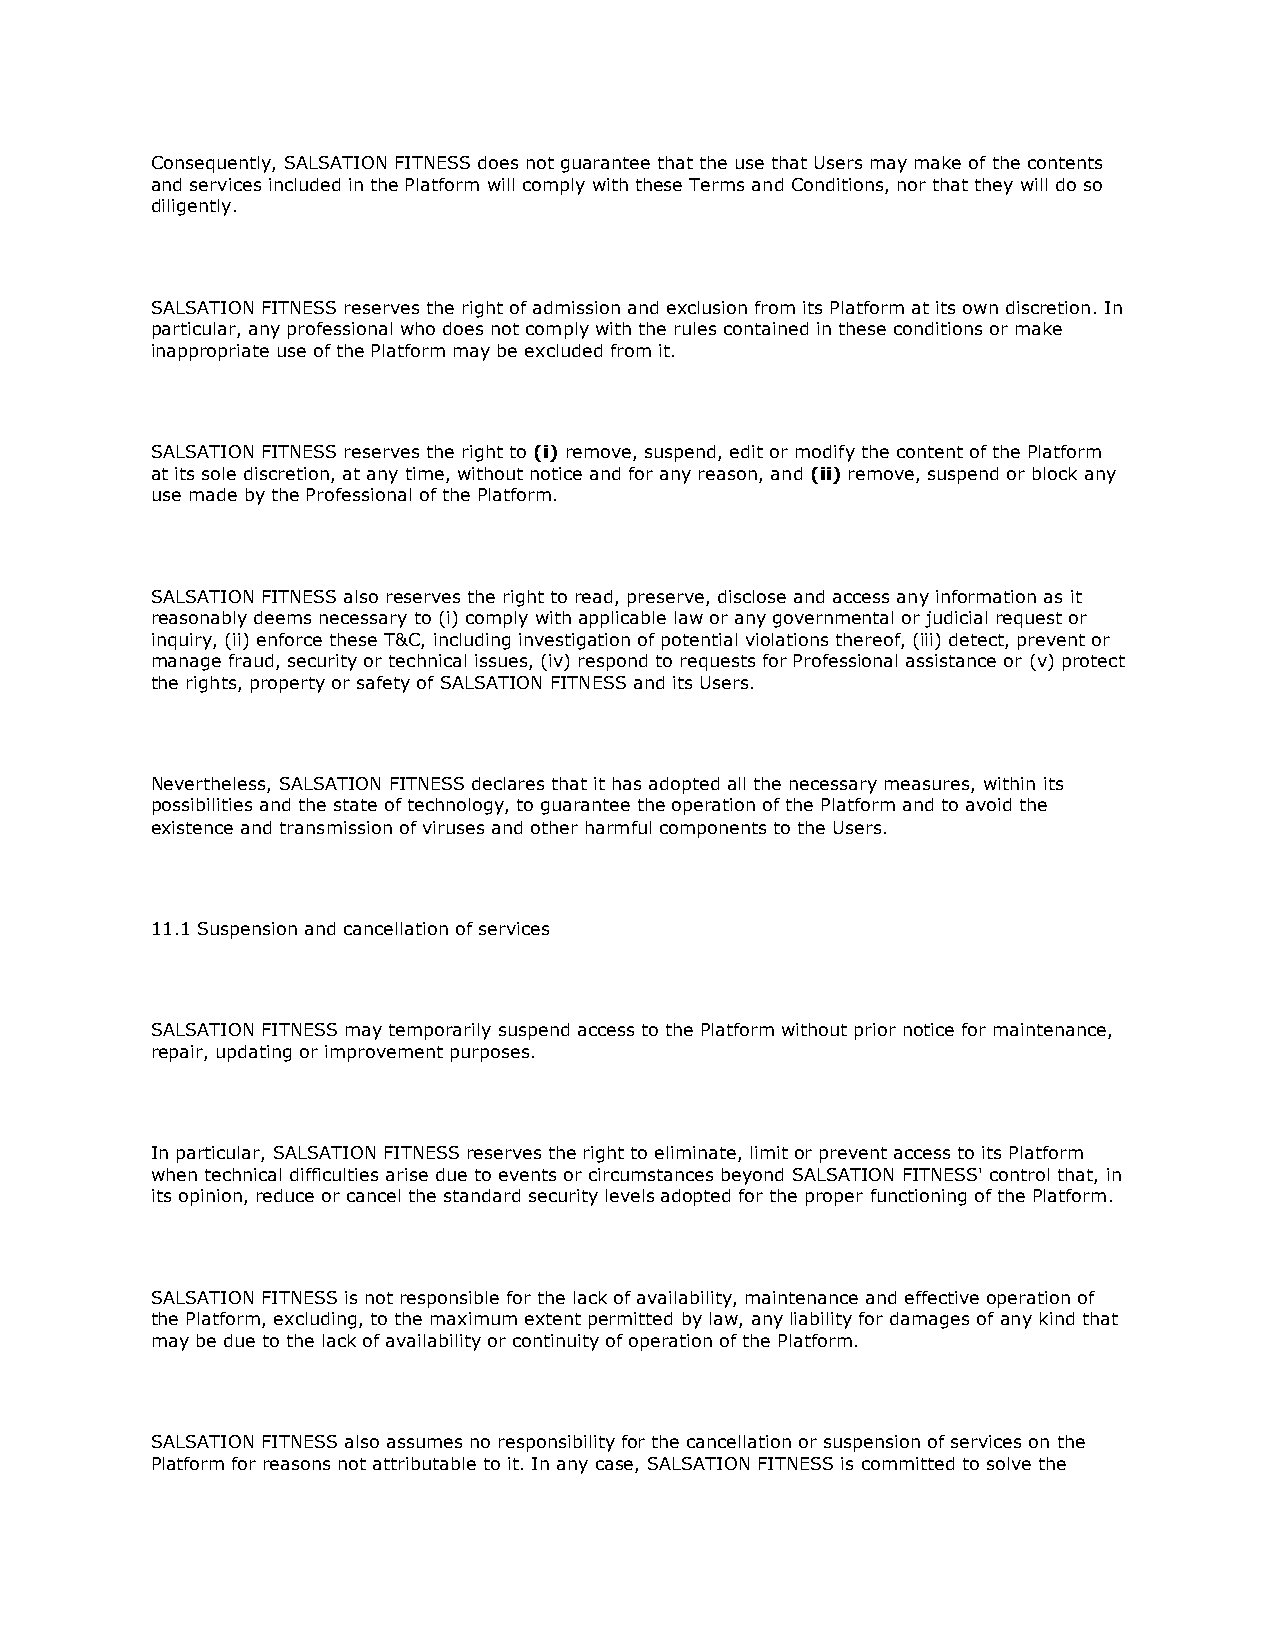
Consequently, SALSATION FITNESS does not guarantee that the use that Users may make of the contents
 and services included in the Platform will comply with these Terms and Conditions, nor that they will do so
 diligently.
 SALSATION FITNESS reserves the right of admission and exclusion from its Platform at its own discretion. In
 particular, any professional who does not comply with the rules contained in these conditions or make
 inappropriate use of the Platform may be excluded from it.
 SALSATION FITNESS reserves the right to (i) remove, suspend, edit or modify the content of the Platform
 at its sole discretion, at any time, without notice and for any reason, and (ii) remove, suspend or block any
 use made by the Professional of the Platform.
 SALSATION FITNESS also reserves the right to read, preserve, disclose and access any information as it
 reasonably deems necessary to (i) comply with applicable law or any governmental or judicial request or
 inquiry, (ii) enforce these T&C, including investigation of potential violations thereof, (iii) detect, prevent or
 manage fraud, security or technical issues, (iv) respond to requests for Professional assistance or (v) protect
 the rights, property or safety of SALSATION FITNESS and its Users.
 Nevertheless, SALSATION FITNESS declares that it has adopted all the necessary measures, within its
 possibilities and the state of technology, to guarantee the operation of the Platform and to avoid the
 existence and transmission of viruses and other harmful components to the Users.
 11.1 Suspension and cancellation of services
 SALSATION FITNESS may temporarily suspend access to the Platform without prior notice for maintenance,
 repair, updating or improvement purposes.
 In particular, SALSATION FITNESS reserves the right to eliminate, limit or prevent access to its Platform
 when technical difficulties arise due to events or circumstances beyond SALSATION FITNESS' control that, in
 its opinion, reduce or cancel the standard security levels adopted for the proper functioning of the Platform.
 SALSATION FITNESS is not responsible for the lack of availability, maintenance and effective operation of
 the Platform, excluding, to the maximum extent permitted by law, any liability for damages of any kind that
 may be due to the lack of availability or continuity of operation of the Platform.
 SALSATION FITNESS also assumes no responsibility for the cancellation or suspension of services on the
 Platform for reasons not attributable to it. In any case, SALSATION FITNESS is committed to solve the